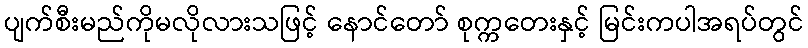
ပျက်စီးမည်ကိုမလိုလားသဖြင့် နောင်တော် စုက္ကတေးနှင့် မြင်းကပါအရပ်တွင်